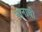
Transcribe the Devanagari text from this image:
नानाची